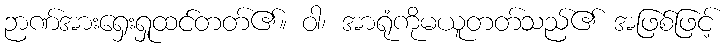
ဉာဏ်အားရှေးရှုထင်တတ်၏။ ဝါ၊ အာရုံကိုမယူတတ်သည်၏ အဖြစ်ဖြင့်